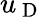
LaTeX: u_{\mathrm{~D~}}